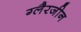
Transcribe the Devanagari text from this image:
ग्लैरजीन